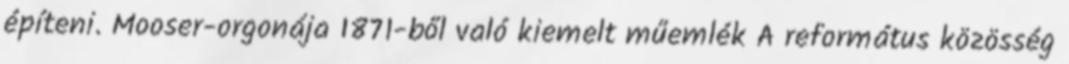
építeni. Mooser-orgonája 1871-ből való kiemelt műemlék A református közösség